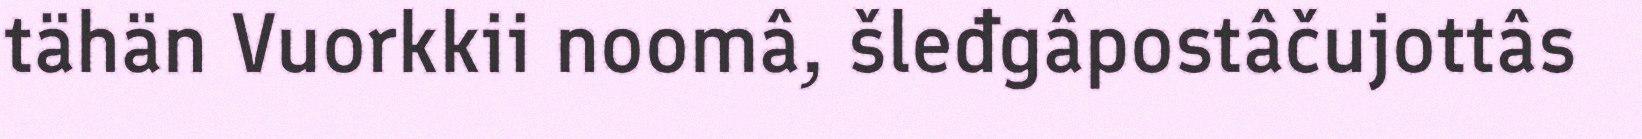
tähän Vuorkkii noomâ, šleđgâpostâčujottâs